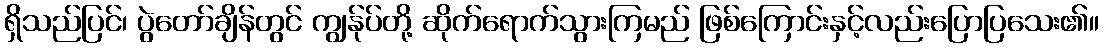
ရှိသည်ပြင်၊ ပွဲတော်ချိန်တွင် ကျွန်ုပ်တို့ ဆိုက်ရောက်သွားကြမည် ဖြစ်ကြောင်းနှင့်လည်းပြောပြသေး၏။